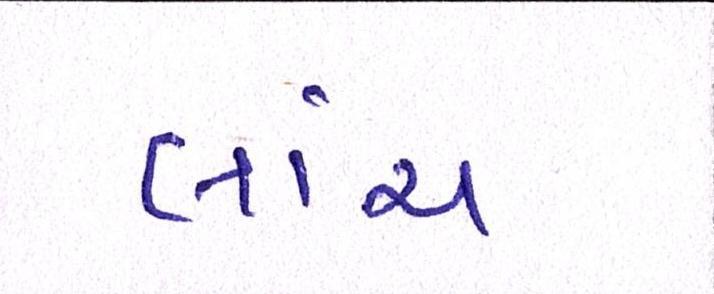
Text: લાંચ